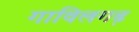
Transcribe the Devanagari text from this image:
गाविलगढ़